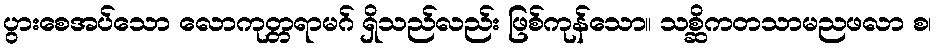
ပွားစေအပ်သော လောကုတ္တရာမဂ် ရှိသည်လည်း ဖြစ်ကုန်သော။ သစ္ဆိကတသာမညဖလာ စ၊